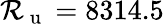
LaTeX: \mathcal{R}_{\mathrm{~u~}}=8314.5